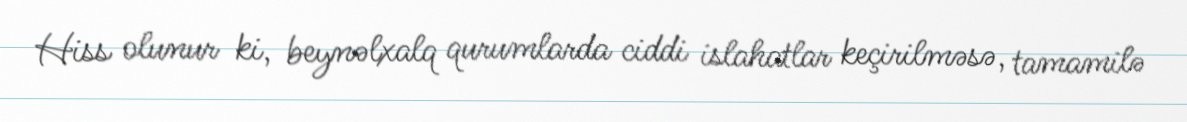
Hiss olunur ki, beynəlxalq qurumlarda ciddi islahatlar keçirilməsə, tamamilə